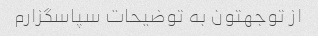
از توجهتون به توضیحات سپاسگزارم